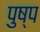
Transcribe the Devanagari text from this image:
पुष्प